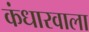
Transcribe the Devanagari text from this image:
कंधारवाला